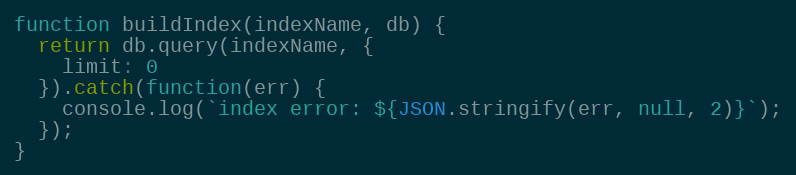
Language: JavaScript
function buildIndex(indexName, db) {
  return db.query(indexName, {
    limit: 0
  }).catch(function(err) {
    console.log(`index error: ${JSON.stringify(err, null, 2)}`);
  });
}